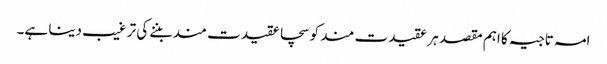
امہ تاجیہ کا اہم مقصد ہر عقیدت مند کو سچا عقیدت مند بننے کی تر غیب دینا ہے۔